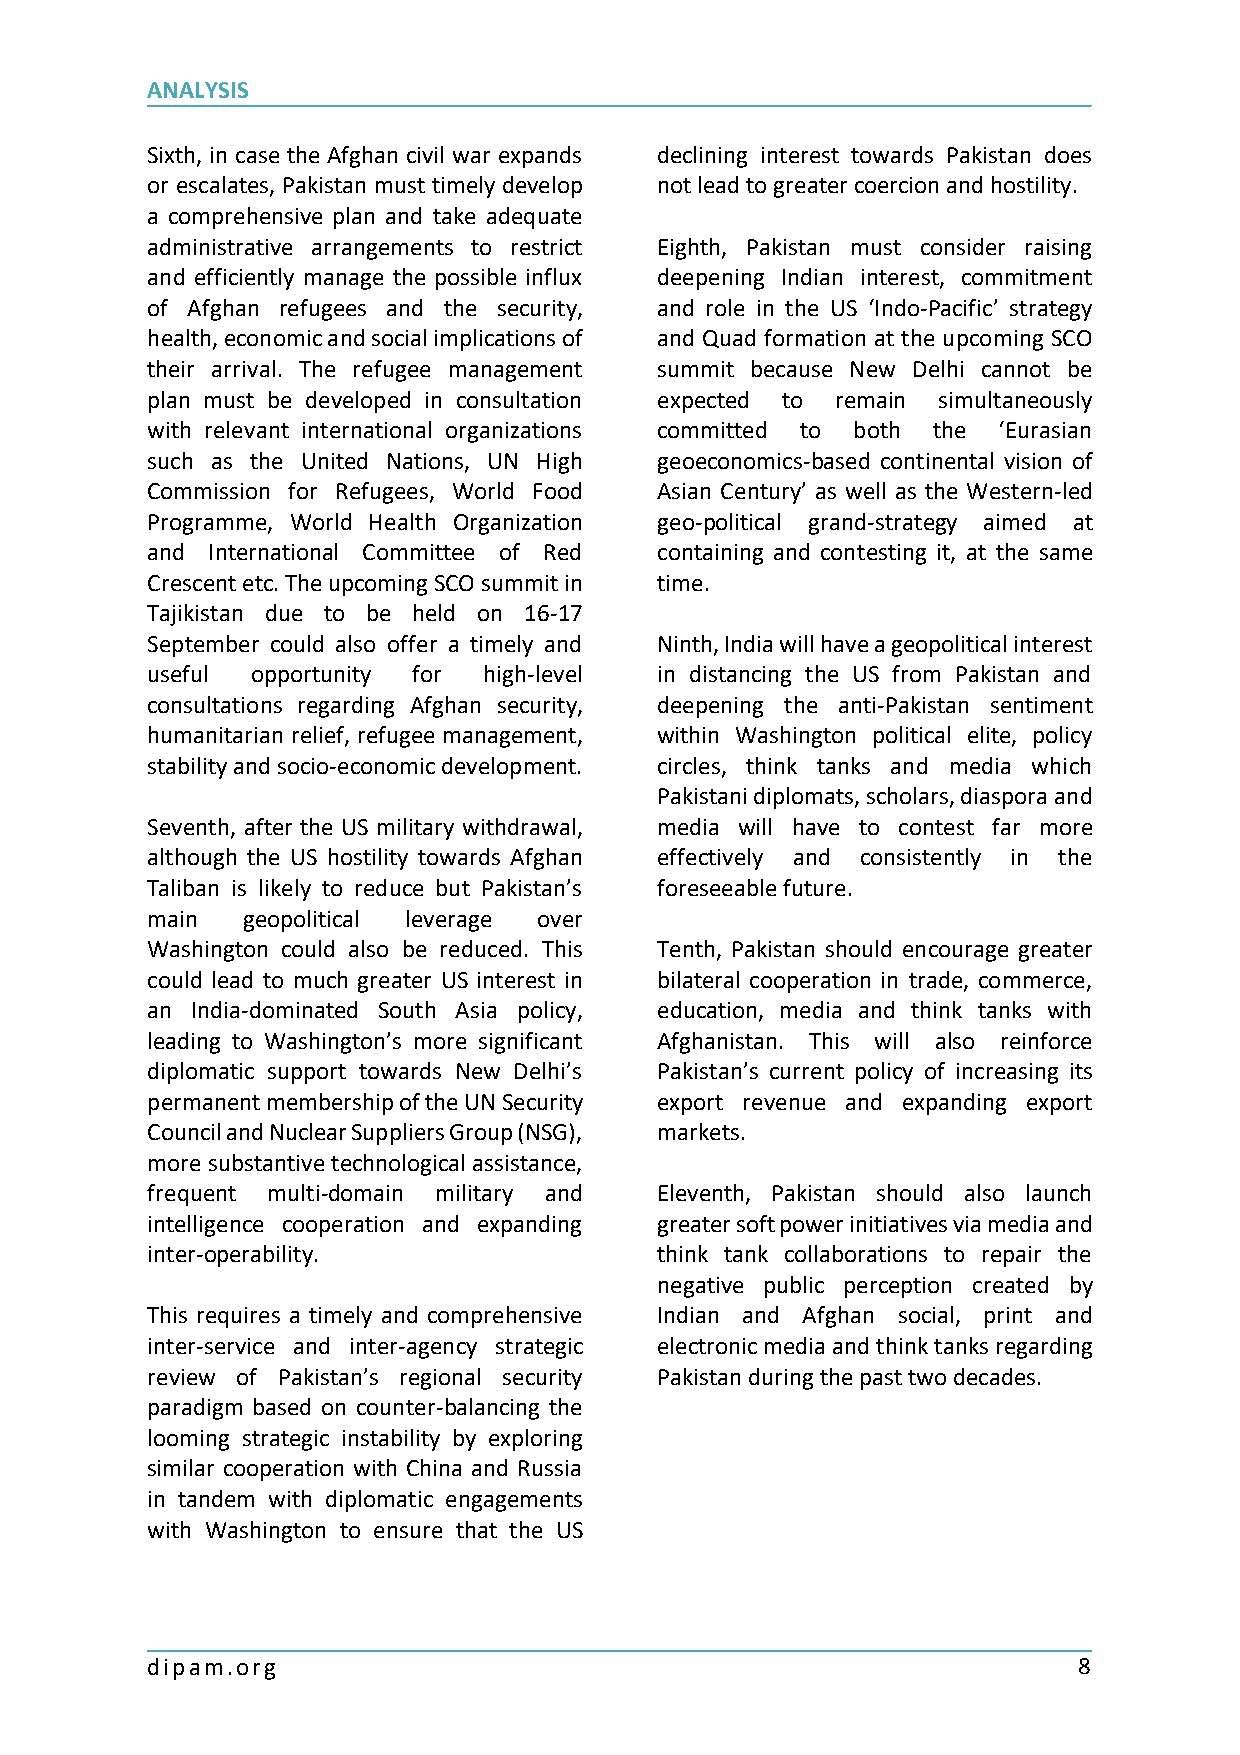
ANALYSIS
 Sixth, in case the Afghan civil war expands declining interest towards Pakistan does
 or escalates, Pakistan must timely develop not lead to greater coercion and hostility.
 a comprehensive plan and take adequate
 administrative arrangements to restrict Eighth, Pakistan must consider raising
 and efficiently manage the possible influx deepening Indian interest, commitment
 of Afghan refugees and the security, and role in the US ‘Indo-Pacific’ strategy
 health, economic and social implications of and Quad formation at the upcoming SCO
 their arrival. The refugee management summit because New Delhi cannot be
 plan must be developed in consultation expected to remain simultaneously
 with relevant international organizations committed to both the ‘Eurasian
 such as the United Nations, UN High geoeconomics-based continental vision of
 Commission for Refugees, World Food Asian Century’ as well as the Western-led
 Programme, World Health Organization geo-political grand-strategy aimed at
 and International Committee of Red containing and contesting it, at the same
 Crescent etc. The upcoming SCO summit in time.
 Tajikistan due to be held on 16-17
 September could also offer a timely and Ninth, India will have a geopolitical interest
 useful opportunity for high-level in distancing the US from Pakistan and
 consultations regarding Afghan security, deepening the anti-Pakistan sentiment
 humanitarian relief, refugee management, within Washington political elite, policy
 stability and socio-economic development. circles, think tanks and media which
 Pakistani diplomats, scholars, diaspora and
 Seventh, after the US military withdrawal, media will have to contest far more
 although the US hostility towards Afghan effectively and consistently in the
 Taliban is likely to reduce but Pakistan’s foreseeable future.
 main  geopolitical leverage over
 Washington could also be reduced. This Tenth, Pakistan should encourage greater
 could lead to much greater US interest in bilateral cooperation in trade, commerce,
 an India-dominated South Asia policy, education, media and think tanks with
 leading to Washington’s more significant Afghanistan. This will also reinforce
 diplomatic support towards New Delhi’s Pakistan’s current policy of increasing its
 permanent membership of the UN Security export revenue and expanding export
 Council and Nuclear Suppliers Group (NSG), markets.
 more substantive technological assistance,
 frequent multi-domain military and Eleventh, Pakistan should also launch
 intelligence cooperation and expanding greater soft power initiatives via media and
 inter-operability.                think tank collaborations to repair the
 negative public perception created by
 This requires a timely and comprehensive Indian and Afghan social, print and
 inter-service and inter-agency strategic electronic media and think tanks regarding
 review of Pakistan’s regional security Pakistan during the past two decades.
 paradigm based on counter-balancing the
 looming strategic instability by exploring
 similar cooperation with China and Russia
 in tandem with diplomatic engagements
 with Washington to ensure that the US
 dipam.org                                                    8